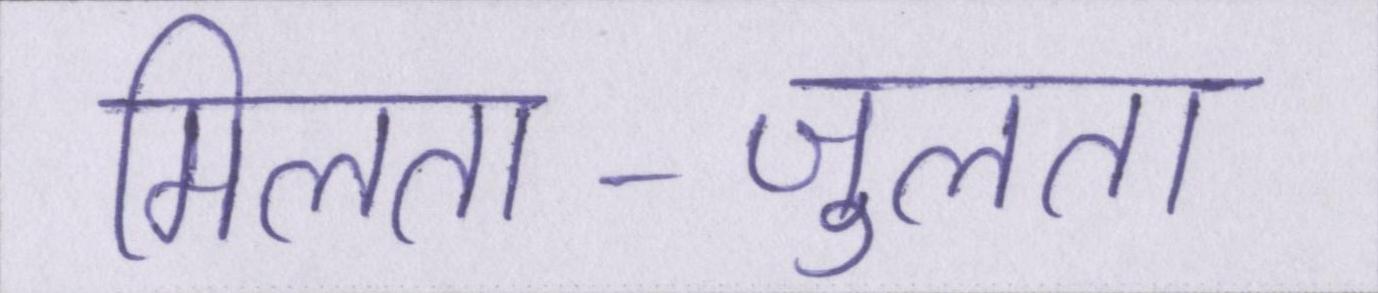
मिलता-जुलता